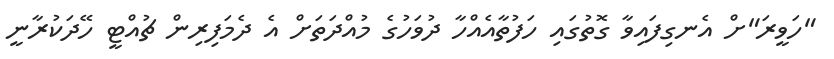
"ހަވީރަ"ށް އެނގިފައިވާ ގޮތުގައި ހަފުތާއެއްހާ ދުވަހުގެ މުއްދަތަށް އެ ދެމަފިރިން ޗުއްޓީ ހޭދަކުރާނީ